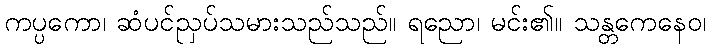
ကပ္ပကော၊ ဆံပင်ညှပ်သမားသည်သည်။ ရညော၊ မင်း၏။ သန္တကေနေဝ၊